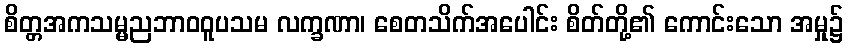
စိတ္တအကသမ္မညဘာဝဝူပသမ လက္ခဏာ၊ စေတသိက်အပေါင်း စိတ်တို့၏ ကောင်းသော အမှု၌